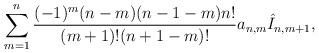
LaTeX: \begin{align*} \sum_{m=1}^n\frac{(-1)^m(n-m)(n-1-m)n!}{(m+1)!(n+1-m)!}a_{n,m}\hat{I}_{n,m+1},\end{align*}